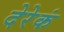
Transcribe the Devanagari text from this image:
देरेकं